Civil Veterinary Dept. North-West Frontier Province 1923-32 - 1923-1932
Year: 1923
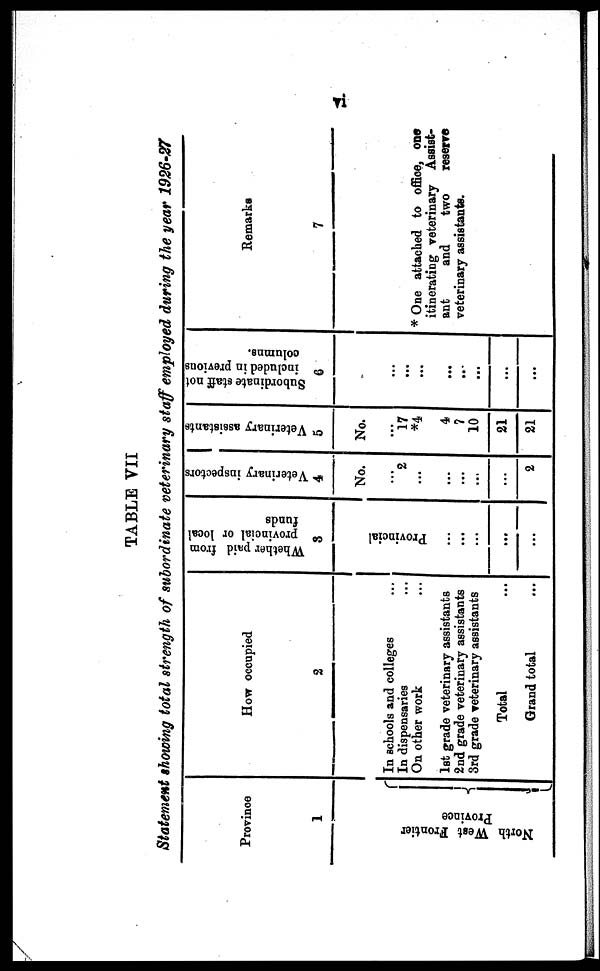
vi
TABLE VII
Statement showing total strength of subordinate veterinary staff employed during the year 1926-27
Province
1
Nor t
h Wes t Fr ont i
er {
Pr ovi nce
How occupied
2
In schools and colleges ...
In dispensaries ...
On other work ...
1st grade veterinary assistants
2nd grade veterinary assistants
3rd grade veterinary assistants
Total ...
Grand total ...
Whether paid from
provincial or local
funds
3
Provincial
...
...
...
...
...
Veterinary inspectors
4
No.
...
2
...
...
...
...
...
2
Veterinary assistants
5
No.
...
17
*4
4
7
10
21
21
Subordinate staff not
included in previous
columns.
6
...
...
...
...
...
...
...
...
Remarks
7
* One attached to office, one
itinerating veterinary Assist-
ant
and
two
reserve
veterinary assistants.